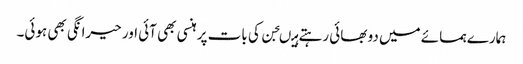
ہمارے ہمسائے میں دو بھائی رہتے ہیںجن کی بات پر ہنسی بھی آئی اور حیرانگی بھی ہوئی۔